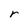
Character: r